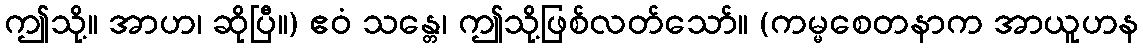
ဤသို့။ အာဟ၊ ဆိုပြီ။) ဧဝံ သန္တေ၊ ဤသို့ဖြစ်လတ်သော်။ (ကမ္မစေတနာက အာယူဟန